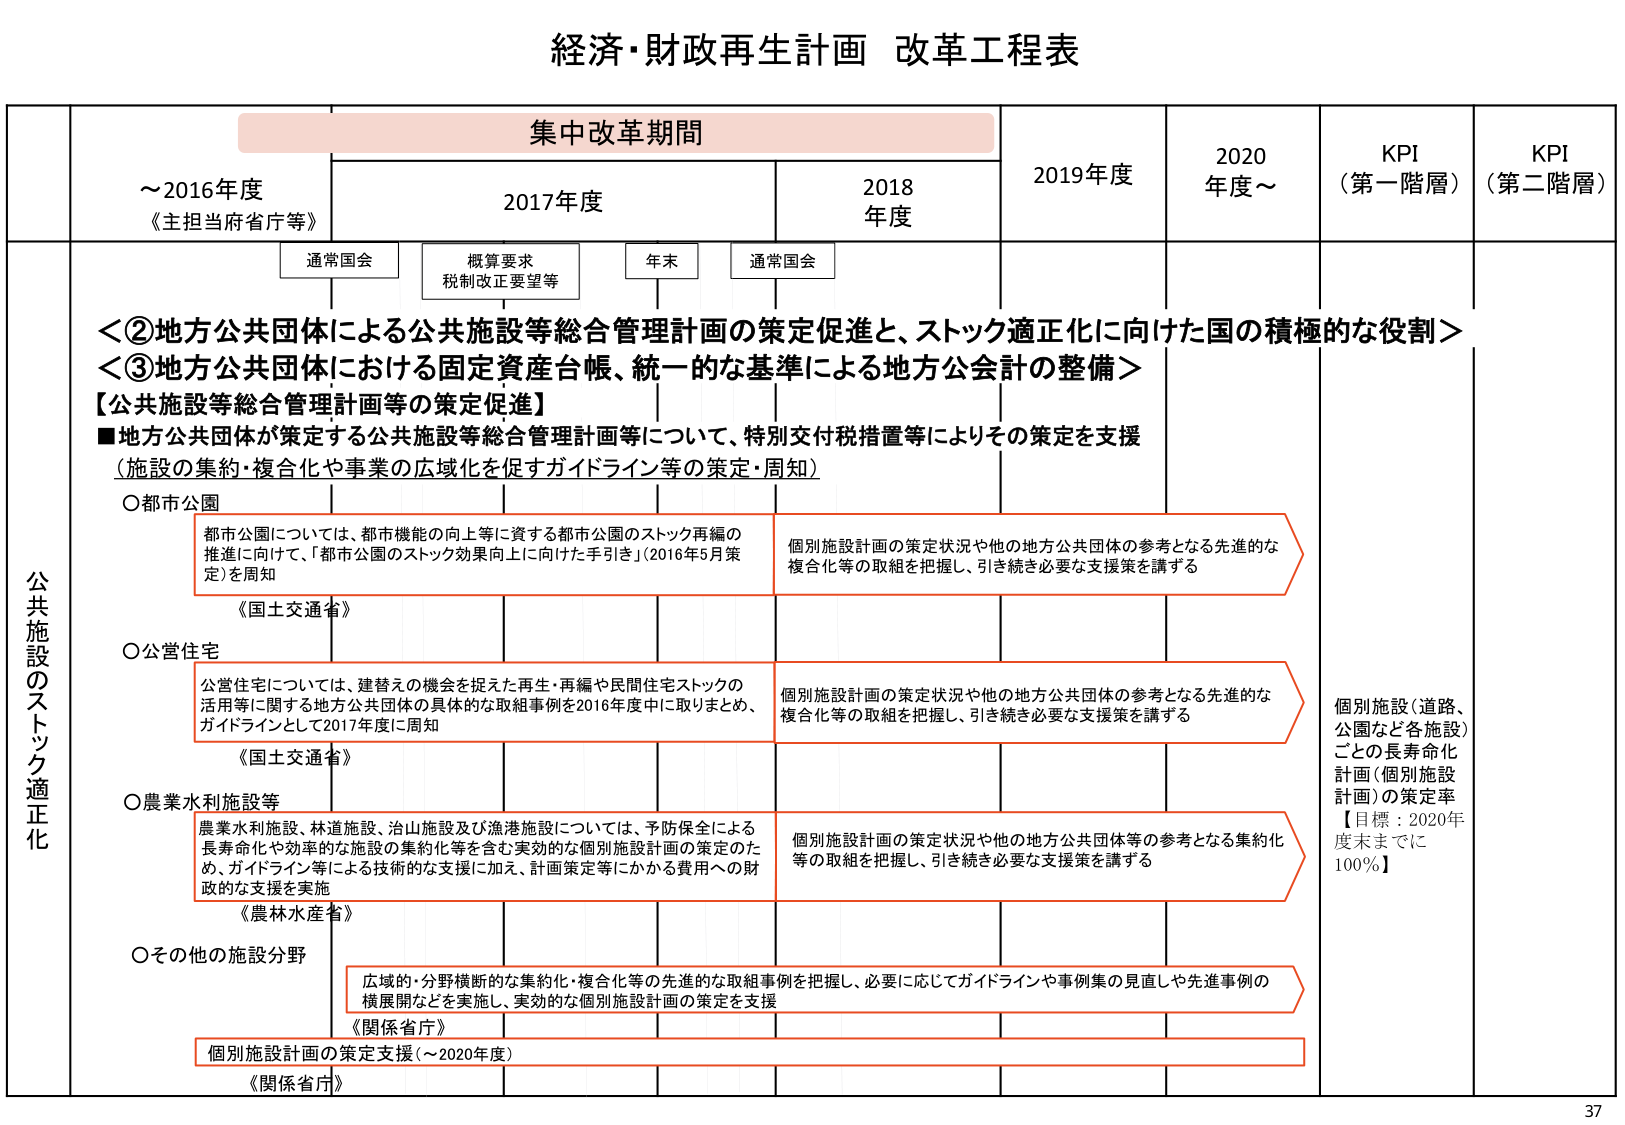
経済・財政再生計画 改革工程表

集中改革期間

～2016年度
《主担当府省庁等》

2017年度

2018年度

2019年度

2020年度～

KPI
（第一階層）

KPI
（第二階層）

通常国会

概算要求
税制改正要望等

年末

通常国会

＜②地方公共団体による公共施設等総合管理計画の策定促進と、ストック適正化に向けた国の積極的な役割＞
＜③地方公共団体における固定資産台帳、統一的な基準による地方公会計の整備＞

【公共施設等総合管理計画等の策定促進】
■地方公共団体が策定する公共施設等総合管理計画等について、特別交付税措置等によりその策定を支援
（施設の集約・複合化や事業の広域化を促すガイドライン等の策定・周知）

○都市公園
都市公園については、都市機能の向上等に資する都市公園のストック再編の推進に向けて、「都市公園のストック効果向上に向けた手引き」（2016年5月策定）を周知
《国土交通省》

○公営住宅
公営住宅については、建替えの機会を捉えた再生・再編や民間住宅ストックの活用等に関する地方公共団体の具体的な取組事例を2016年度中に取りまとめ、ガイドラインとして2017年度に周知
《国土交通省》

○農業水利施設等
農業水利施設、林道施設、治山施設及び漁港施設については、予防保全による長寿命化や効率的な施設の集約化等を含む実効的な個別施設計画の策定のため、ガイドライン等による技術的な支援に加え、計画策定等にかかる費用への財政的な支援を実施
《農林水産省》

○その他の施設分野
広域的・分野横断的な集約化・複合化等の先進的な取組事例を把握し、必要に応じてガイドラインや事例集の見直しや先進事例の横展開などを実施し、実効的な個別施設計画の策定を支援
《関係省庁》

個別施設計画の策定支援（～2020年度）
《関係省庁》

個別施設計画の策定状況や他の地方公共団体の参考となる先進的な複合化等の取組を把握し、引き続き必要な支援策を講ずる

個別施設計画の策定状況や他の地方公共団体の参考となる先進的な複合化等の取組を把握し、引き続き必要な支援策を講ずる

個別施設計画の策定状況や他の地方公共団体等の参考となる集約化等の取組を把握し、引き続き必要な支援策を講ずる

個別施設（道路、公園など各施設）ごとの長寿命化計画（個別施設計画）の策定率
【目標：2020年度末までに100％】

公共施設のストック適正化

37